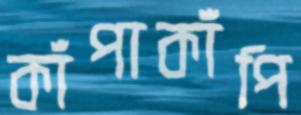
কাঁপাকাঁপি